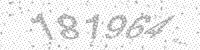
Solution: 181964